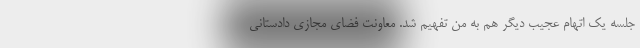
جلسه یک اتهام عجیب دیگر هم به من تفهیم شد. معاونت فضای مجازی دادستانی